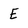
Character: E